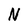
Character: N